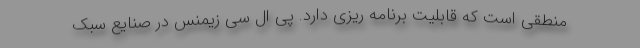
منطقی است که قابلیت برنامه ریزی دارد. پی ال سی زیمنس در صنایع سبک